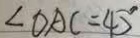
\angle O A C = 4 5 ^ { \circ }